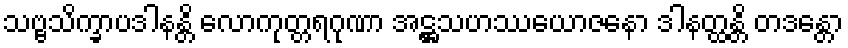
သဗ္ဗသိက္ခာပဒါနန္တိ လောကုတ္တရဂုဏာ အဋ္ဌသဟဿယောဇနော ဒါနတ္ထန္တိ တဒန္တော